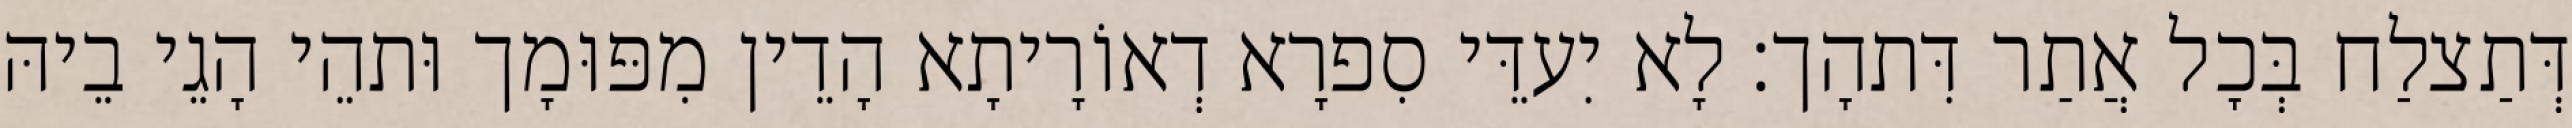
דְּתַצלַח בְּכָל אֲתַר דִּתהָך׃ לָא יִעדֵּי סִפרָא דְאוֹרָיתָא הָדֵין מִפּוּמָך וּתהֵי הָגֵי בֵיהּ